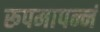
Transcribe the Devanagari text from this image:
रूपमापन्नं